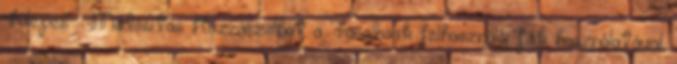
Kilépés Módosítás Hozzászólhat a Facebook felhasználói fiók használatával.